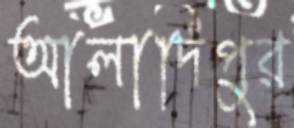
আলাদিপুর